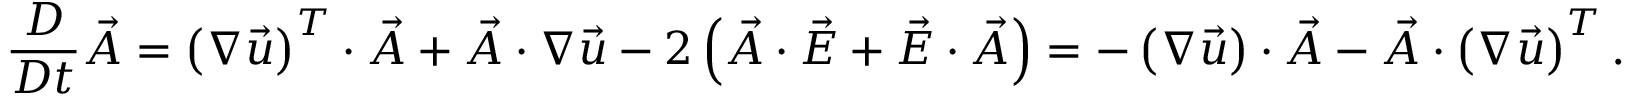
\frac { D } { D t } \vec { A } = \left( \boldsymbol { \nabla } \vec { u } \right) ^ { T } \cdot \vec { A } + \vec { A } \cdot \boldsymbol { \nabla } \vec { u } - 2 \left( \vec { A } \cdot \vec { E } + \vec { E } \cdot \vec { A } \right) = - \left( \boldsymbol { \nabla } \vec { u } \right) \cdot \vec { A } - \vec { A } \cdot \left( \boldsymbol { \nabla } \vec { u } \right) ^ { T } .